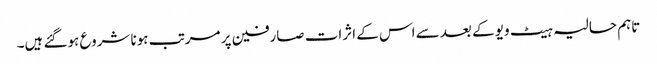
تاہم حالیہ ہیٹ ویو کے بعد سے اس کے اثرات صارفین پر مرتب ہونا شروع ہوگئے ہیں۔